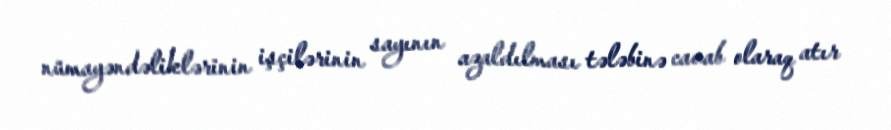
nümayəndəliklərinin işçilərinin sayının azaldılması tələbinə cavab olaraq atır